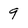
Character: 9